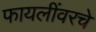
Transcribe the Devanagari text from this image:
फायलींवरचे